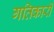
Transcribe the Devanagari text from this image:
गतिकारी